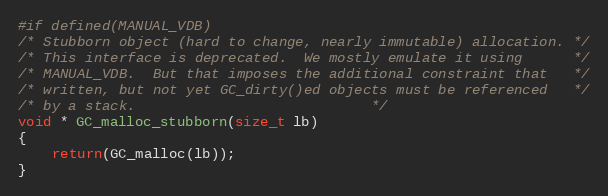
Language: C
#if defined(MANUAL_VDB)
/* Stubborn object (hard to change, nearly immutable) allocation. */
/* This interface is deprecated.  We mostly emulate it using	  */
/* MANUAL_VDB.  But that imposes the additional constraint that	  */
/* written, but not yet GC_dirty()ed objects must be referenced	  */
/* by a stack.							  */
void * GC_malloc_stubborn(size_t lb)
{
    return(GC_malloc(lb));
}